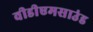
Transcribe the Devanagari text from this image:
वीडीएमसाउंड